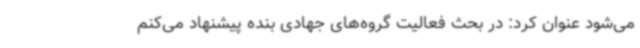
می‌شود عنوان کرد: در بحث فعالیت گروه‌های جهادی بنده پیشنهاد می‌کنم